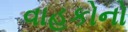
વાહકોનો